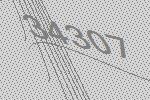
34307